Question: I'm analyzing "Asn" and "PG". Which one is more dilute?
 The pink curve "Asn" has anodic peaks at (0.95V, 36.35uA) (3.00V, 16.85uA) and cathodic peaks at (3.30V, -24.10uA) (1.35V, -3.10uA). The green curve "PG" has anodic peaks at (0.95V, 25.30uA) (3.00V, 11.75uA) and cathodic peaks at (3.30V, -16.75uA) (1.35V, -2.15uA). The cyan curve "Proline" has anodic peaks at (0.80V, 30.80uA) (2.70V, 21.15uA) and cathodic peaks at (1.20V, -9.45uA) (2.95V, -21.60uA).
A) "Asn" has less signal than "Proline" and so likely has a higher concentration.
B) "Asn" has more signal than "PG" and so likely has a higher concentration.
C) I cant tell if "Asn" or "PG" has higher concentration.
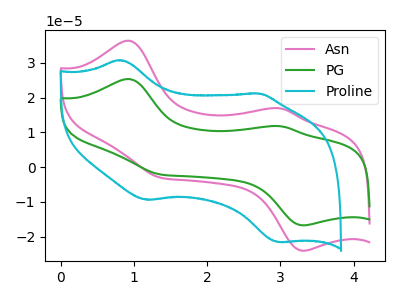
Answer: <think>All the peaks in "Asn" have a peak in "PG" at the same potential. Every peak in "Asn" is higher than every peak in "PG".
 </think>
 <answer>B) "Asn" has more signal than "PG" and so likely has a higher concentration.</answer>
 <eval>B</eval>